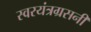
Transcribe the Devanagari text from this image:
स्वरयंत्रग्रसनी